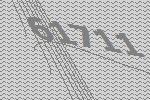
61711